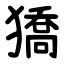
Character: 獢